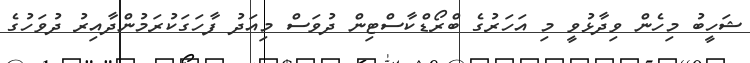
ޝަހީބު މިހެން ވިދާޅުވީ މި އަހަރުގެ ބްރޯޑްކާސްޓިން ދުވަސް މިއަދު ފާހަގަކުރަމުންދާއިރު ދުވަހުގެ